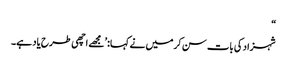
“
شہزاد کی بات سن کرمیں نے کہا:’مجھے اچھی طرح یاد ہے۔